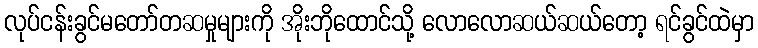
လုပ်ငန်းခွင်မတော်တဆမှုများကို အိုးဘိုထောင်သို့ လောလောဆယ်ဆယ်တော့ ရင်ခွင်ထဲမှာ